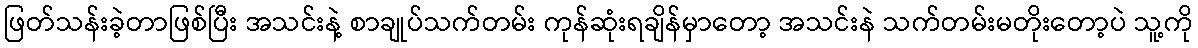
ဖြတ်သန်းခဲ့တာဖြစ်ပြီး အသင်းနဲ့ စာချုပ်သက်တမ်း ကုန်ဆုံးရချိန်မှာတော့ အသင်းနဲ သက်တမ်းမတိုးတော့ပဲ သူ့ကို